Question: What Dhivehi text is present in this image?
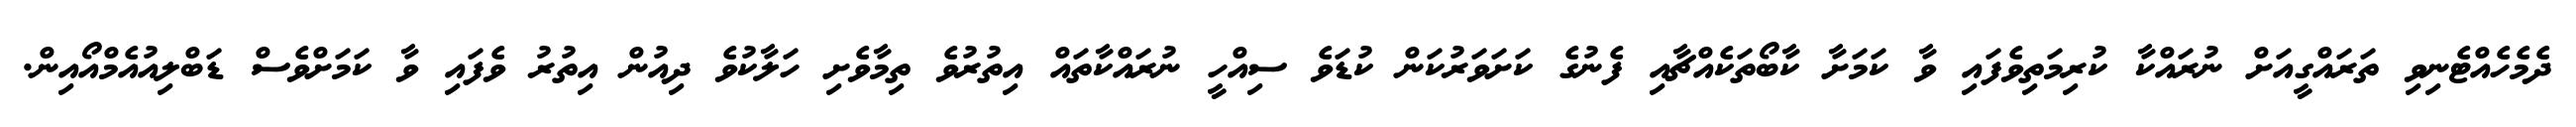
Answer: ދެމެހެއްޓެނިވި ތަރައްގީއަށް ނުރައްކާ ކުރިމަތިވެފައި ވާ ކަމަށާ ކާބޯތަކެއްޗާއި ފެނުގެ ކަށަވަރުކަން ކުޑަވެ ސިއްހީ ނުރައްކާތައް އިތުރުވެ ތިމާވެށި ހަލާކުވެ ދިއުން އިތުރު ވެފައި ވާ ކަމަށްވެސް ޑަބްލިއުއެމްއޯއިން.